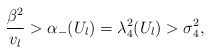
\begin{align*}\frac{\beta^2}{v_l}>\alpha_-(U_l)=\lambda_{4}^2(U_l)>\sigma_4^2,\end{align*}